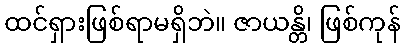
ထင်ရှားဖြစ်ရာမရှိဘဲ။ ဇာယန္တိ၊ ဖြစ်ကုန်